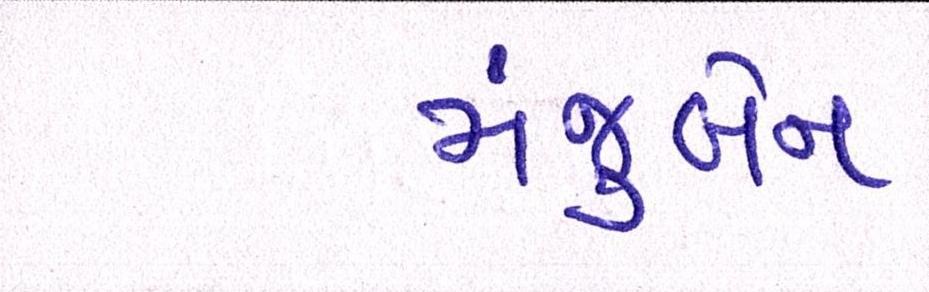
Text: મંજુબેન